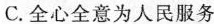
C.全心全意为人民服务